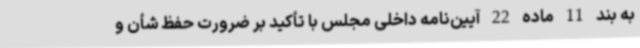
به بند 11 ماده 22 آیین‌نامه داخلی مجلس با تأکید بر ضرورت حفظ شأن و